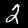
Digit: 2